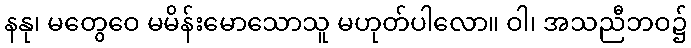
နနု၊ မတွေဝေ မမိန်းမောသောသူ မဟုတ်ပါလော။ ဝါ၊ အသညီဘဝ၌